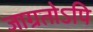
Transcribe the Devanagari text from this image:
जाग्रतोऽपि